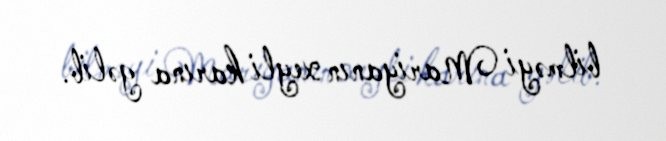
bilməyi Mariyanın xeyli karına gəlib.